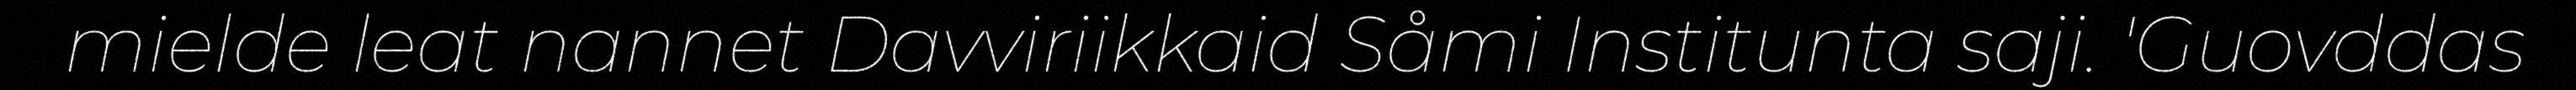
mielde leat nannet Davviriikkaid Såmi Institunta saji. 'Guovddas